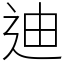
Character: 迪